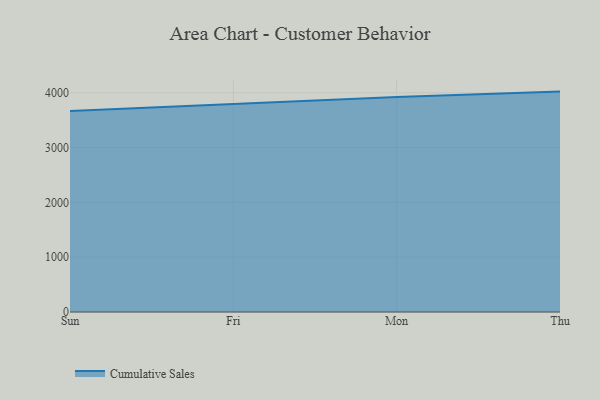
{"axis": {"x": "Day", "y": "Customer Acquisition Cost (USD)"}, "legend": ["Cumulative Sales"], "data": [{"x": "Sun", "y": 3670.1, "type": "Cumulative Sales"}, {"x": "Fri", "y": 3794.5, "type": "Cumulative Sales"}, {"x": "Mon", "y": 3926.3, "type": "Cumulative Sales"}, {"x": "Thu", "y": 4022.7, "type": "Cumulative Sales"}]}